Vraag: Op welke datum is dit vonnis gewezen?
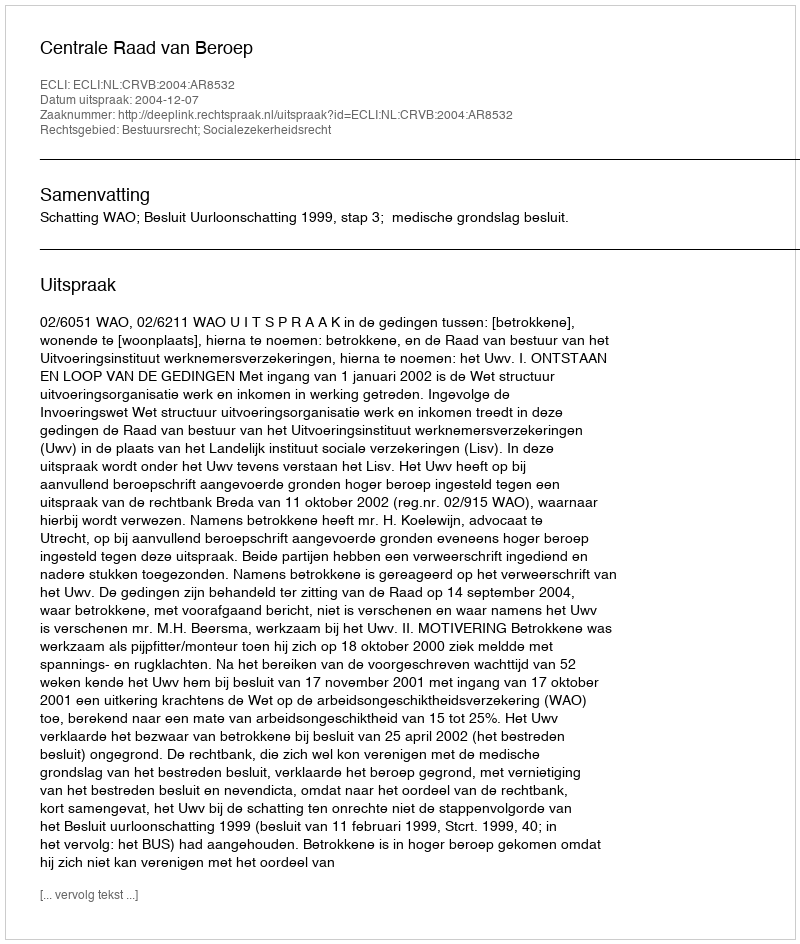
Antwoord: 2004-12-07